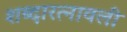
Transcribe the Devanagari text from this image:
शब्दारत्नावली